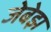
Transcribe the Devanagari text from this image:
जेबेझ